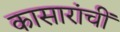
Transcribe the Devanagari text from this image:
कासारांचीं